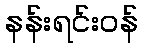
နန်းရင်းဝန်